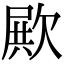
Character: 𣣣